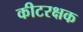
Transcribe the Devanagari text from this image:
कीटरक्षक